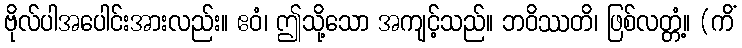
ဗိုလ်ပါအပေါင်းအားလည်း။ ဧဝံ၊ ဤသို့သော အကျင့်သည်။ ဘဝိဿတိ၊ ဖြစ်လတ္တံ့။ (ကိံ